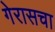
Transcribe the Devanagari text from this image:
गेरासचा